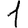
Digit: 1